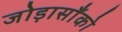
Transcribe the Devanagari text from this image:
जोड़ासाँको